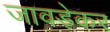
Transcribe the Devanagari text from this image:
जावड़ेकर